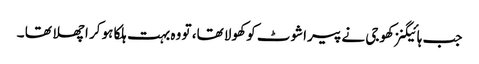
جب ہائیگنز کھوجی نے پیراشوٹ کو کھولا تھا، تو وہ بہت ہلکا ہو کر اچھلا تھا ۔